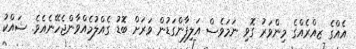
އެއްގެ ޒއްރެއްގެ މިންވަރު ގޮވި ނަމަވެސް އަލިފާންގަޑުން ވަރަށް ބޮޑު ގެއްލުމެއްވާންޖެހޭނެއެވެ. ޝައްކު